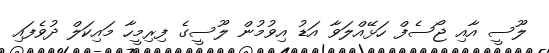
ލޫސީ އާއި ޖޯސެފް ހަޅޭއްލަވާ އަޑު އިވުމުން ލޫސީގެ ފިރިމީހާ މައިކަލް ދުވެފައި